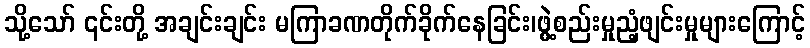
သို့သော် ၎င်းတို့ အချင်းချင်း မကြာခဏတိုက်ခိုက်နေခြင်း၊ဖွဲ့စည်းမှုညံ့ဖျင်းမှုများကြောင့်